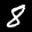
Label: 8